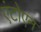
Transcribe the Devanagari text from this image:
एंटोएन